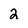
Character: 2